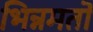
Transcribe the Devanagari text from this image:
भिन्नमतों